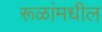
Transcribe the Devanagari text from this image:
रूळांमधील